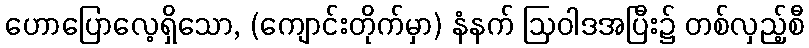
ဟောပြောလေ့ရှိသော, (ကျောင်းတိုက်မှာ) နံနက် ဩဝါဒအပြီး၌ တစ်လှည့်စီ